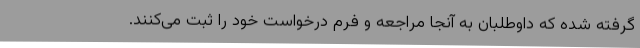
گرفته شده که داوطلبان به آنجا مراجعه و فرم درخواست خود را ثبت می‌کنند.